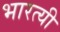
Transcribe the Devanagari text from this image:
भारत्यी